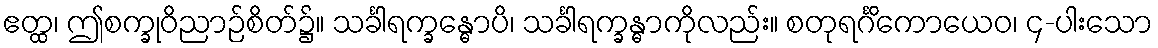
ဧတ္ထ၊ ဤစက္ခုဝိညာဉ်စိတ်၌။ သင်္ခါရက္ခန္ဓောပိ၊ သင်္ခါရက္ခန္ဓာကိုလည်း။ စတုရင်္ဂိကောယေဝ၊ ၄-ပါးသော